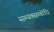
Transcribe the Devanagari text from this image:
सम्यक्सम्बोधि